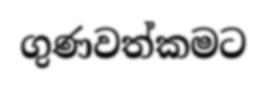
ගුණවත්කමට